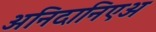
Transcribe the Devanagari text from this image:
अनिदानिएअ